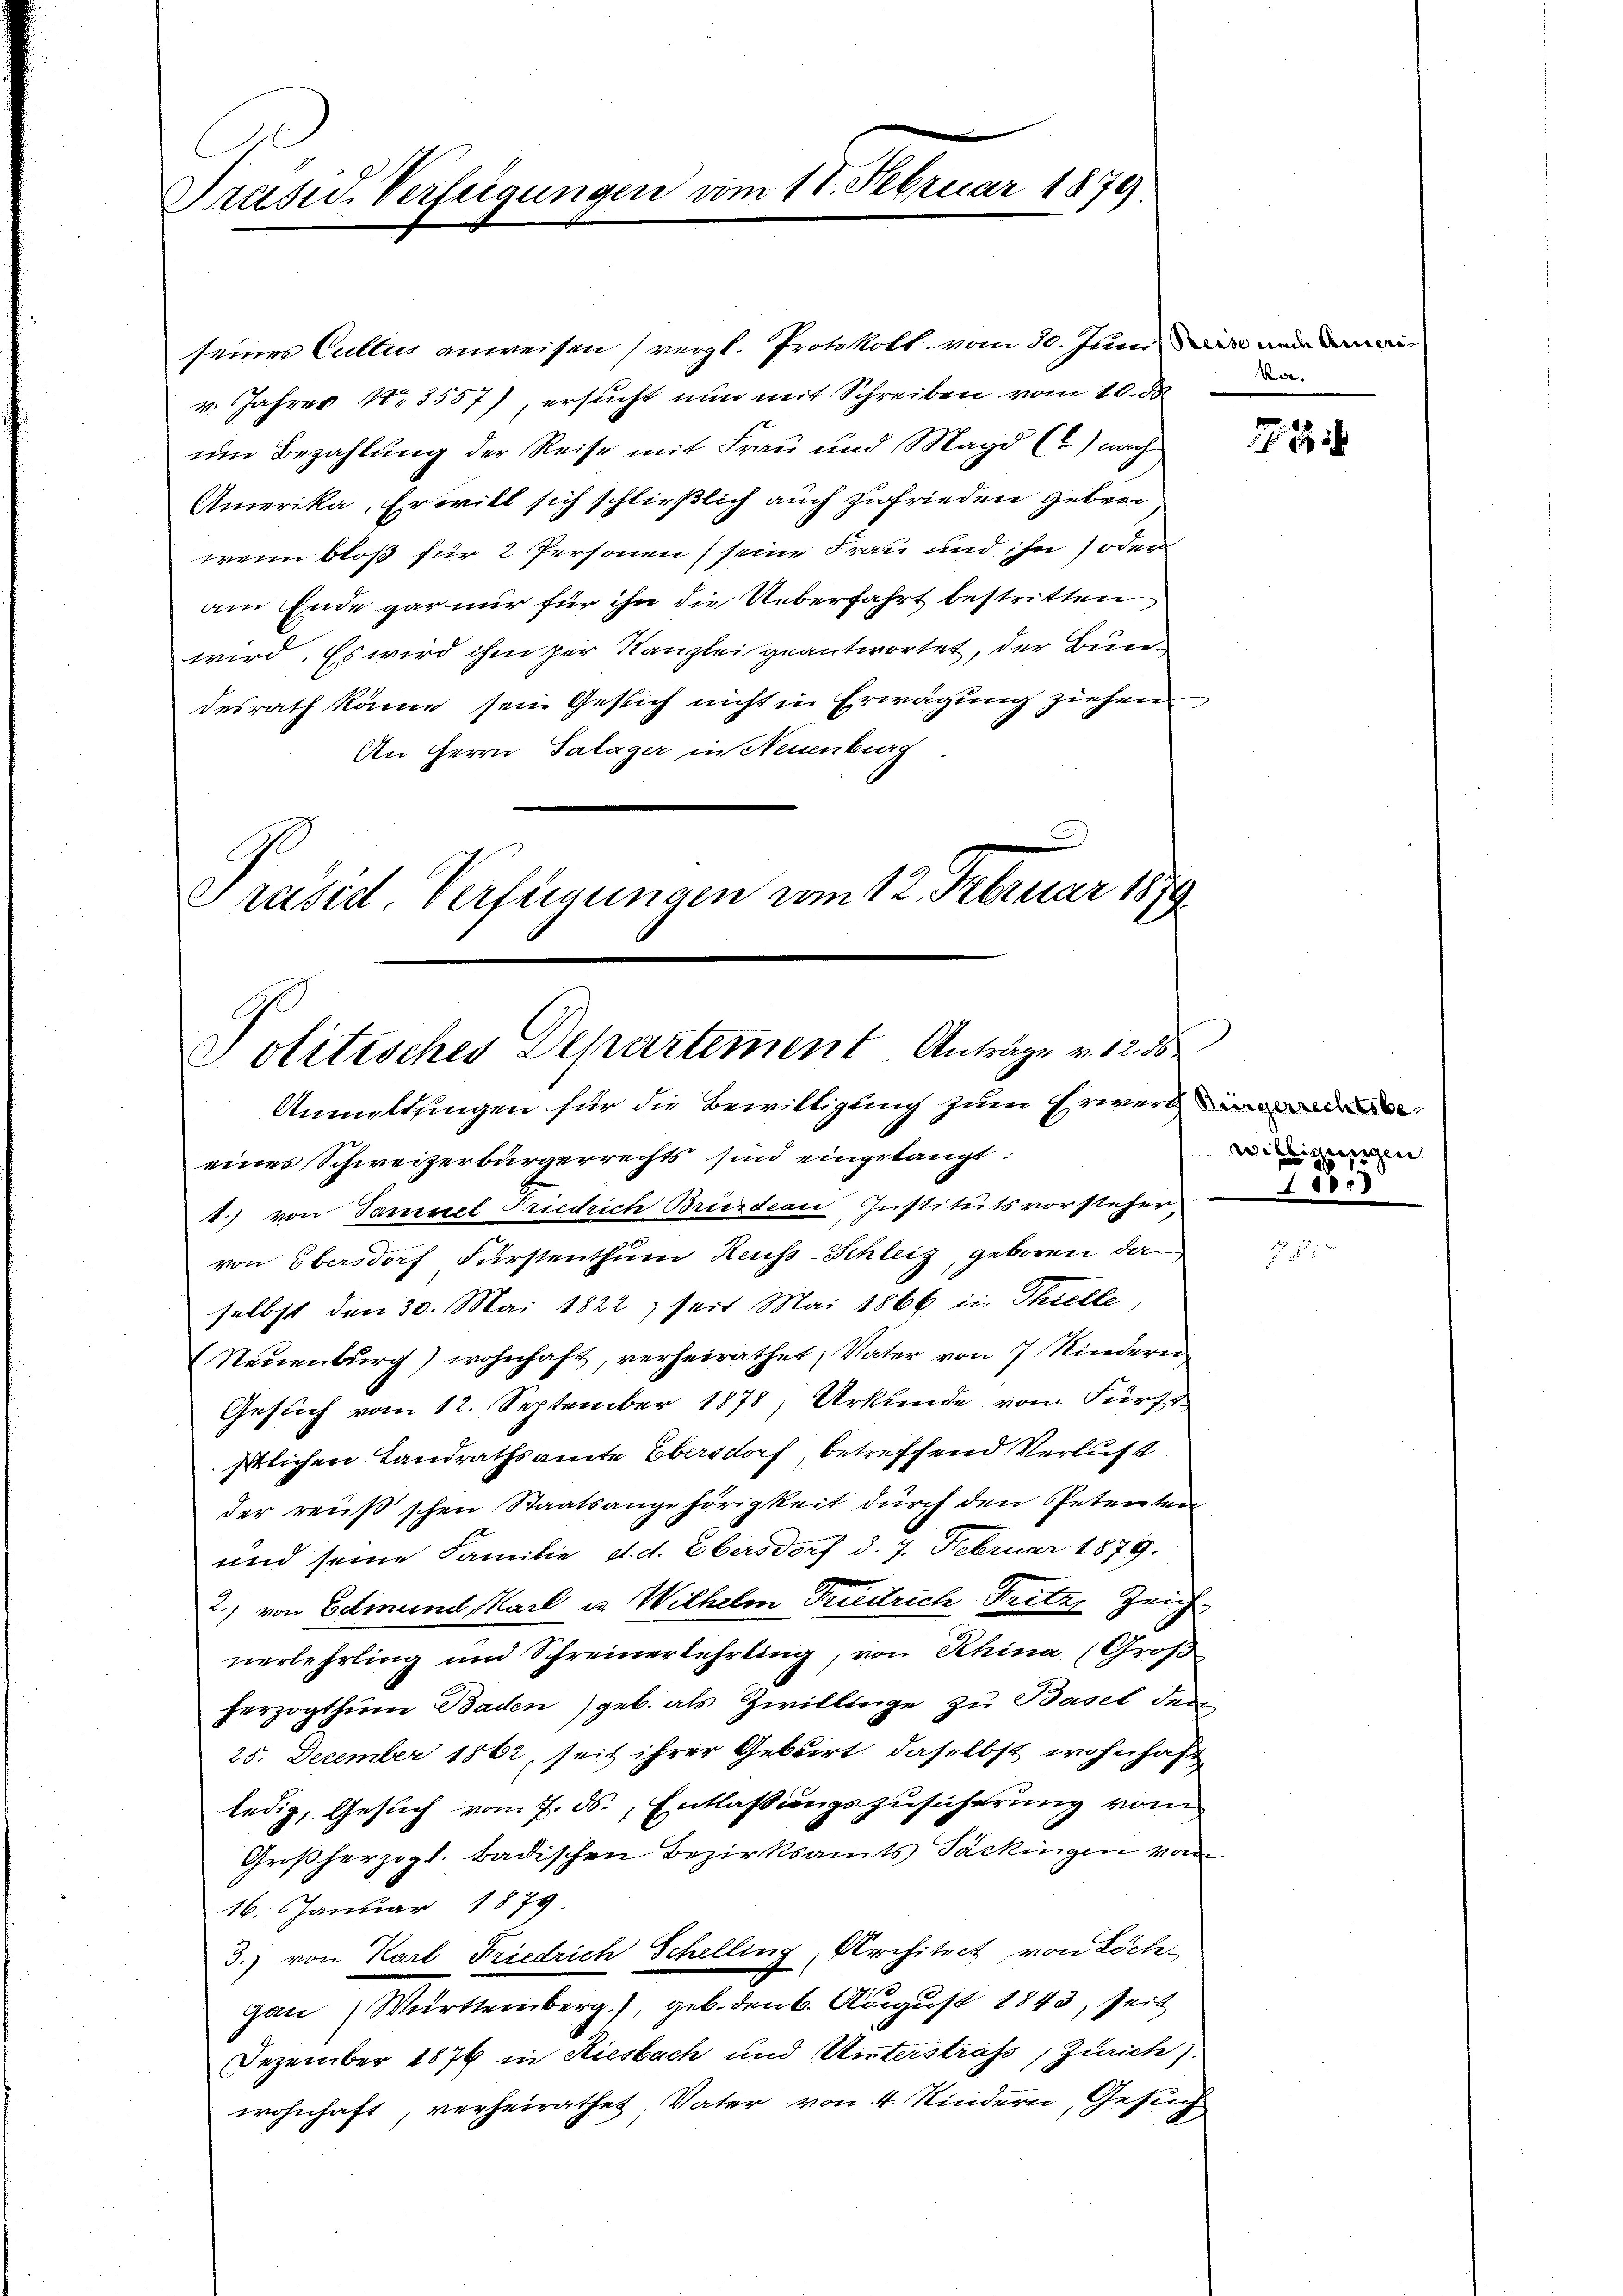
Präsid. Verfeigungen vom 17. Februar 1879.

seines Cultus anweisen (vergl. Protokoll vom 30. Juni in an
v. Jahres No 3557), ersucht nun mit Schreiben vom 10. d.
um Bezahlung der Reise mit Frau und Magd (?) nach
Amerika, Erwill sich schließlich auch zufrieden geben
wenn bloß für 2 Personen) seine Frau und ihn oder
am Ende gar nur für ihn die Ueberfahrt bestritten
wird. Es wird ihm zur Kanzlei geantwortet, der Bundesrath käme sein Gesich nicht in Erwägung ziehen
An Herrn Salager in Neuenburg
Präsid. Verfügungen vom 12. Februar 1899.

Politisches Departement Anträge v. 12. 58
Anmittlingen für die Bewilligung zum Erwerbe

kor-

eines Schweizerbürgerrechts sind eingelangt:
1.) von Samuel Friedrich Bridau Institutsvorsteher und
von Obersdorf Fürstenthum Reuss-Schleiz, geboren, da
selbst den 30. Mai 1822, seit Mai 1866 in Thielle,
(Neuenburg) wohnhaft, verheirathet, Vater von 7 Kindern
Gesuch vom 12. September 1878, Urkhende vom Fürst
stlichen Landrathsamte Obersdorf, betreffend Verlust
der reußischen Staatsangehörigkeit durch den Petenten
und seine Familie, d. d. Obersdorf d. 7. Februar 1879.
2.) von Edmund Karl u. Wilhelm Friedrich Fritz, Zeich
nerlehrling und Schreinerlehrling, von Rhina (Groß
herzogthum Baden) geb. als Zwillinge zu Basel den
25. Dezember 1862, seit ihrer Gebirt, daselbst wohnhaft
ledig, Gesuch vom 7. ds., Entlassungszusicherung vom
Großherzogl. badischen Bezirksamts Packingen von
16. Januar 1879
3.) von Karl Friedrich Schelling, Architect, von Löch¬
u
gan Württemberg), geb. den 6. August 1843, seit
Dezember 1876 in Riesbach und Unterstraß; Zürich).
wohnhaft, verheirathet, Vater von 4 Kindern, Gesuch,

8

willigungen.